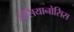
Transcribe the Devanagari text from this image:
मेंसियानोसिस